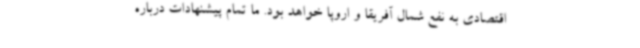
اقتصادی به نفع شمال آفریقا و اروپا خواهد بود. ما تمام پیشنهادات درباره